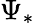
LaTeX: \Psi_{\ast}